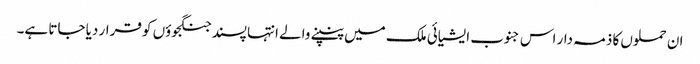
ان حملوں کا ذمہ دار اس جنوب ایشیائی ملک میں پنپنے والے انتہا پسند جنگجوؤں کو قرار دیا جاتا ہے۔